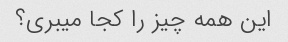
این همه چیز را کجا میبری؟